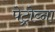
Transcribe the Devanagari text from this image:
पेट्रोव्ना